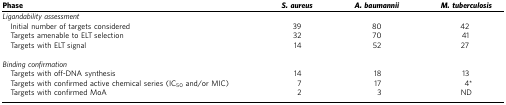
| Phase | S. aureus | A. baumannii | M. tuberculosis |
 | --- | --- | --- | --- |
 | <COLSPAN=4> Ligandability assessment |
 | Initial number of targets considered | 39 | 80 | 42 |
 | Targets amenable to ELT selection | 32 | 70 | 41 |
 | Targets with ELT signal | 14 | 52 | 27 |
 |  |  |  |  |
 | <COLSPAN=4> Binding confirmation |
 | Targets with off-DNA synthesis | 14 | 18 | 13 |
 | Targets with confirmed active chemical series (IC50 and/or MIC) | 7 | 17 | 4* |
 | Targets with confirmed MoA | 2 | 3 | ND |